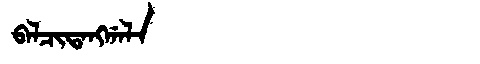
Manchu: ᠪᠠᠯᠴᡳᡨᠠᠩᡤᠠᠯᠠ
Romanization: BALCITANGGALA